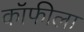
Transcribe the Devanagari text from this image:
कॉफीला